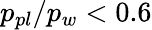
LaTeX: p_{pl}/p_{w}<0.6